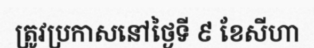
ត្រូវប្រកាសនៅថ្ងៃទី ៩ ខែសីហា